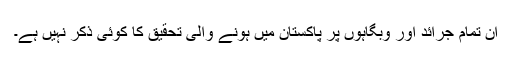
ان تمام جرائد اور وبگاہوں پر پاکستان میں ہونے والی تحقیق کا کوئی ذکر نہیں ہے۔